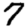
Digit: 7